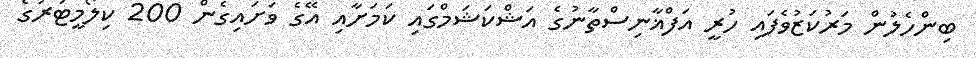
ބިންހެލުން މަރުކަޒުވެފައި ހުރީ އަފްޣާނިސްތާނުގެ އަޝްކަޝަމްގައި ކަމަށާއި އޭގެ ވަށައިގެން 200 ކިލޯމީޓަރުގެ